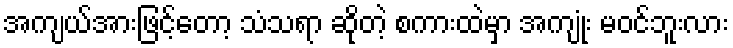
အကျယ်အားဖြင့်တော့ သံသရာ ဆိုတဲ့ စကားထဲမှာ အကျုံး မဝင်ဘူးလား